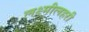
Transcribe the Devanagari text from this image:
लक्ष्मीलहरी